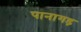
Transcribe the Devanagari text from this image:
पानागड़